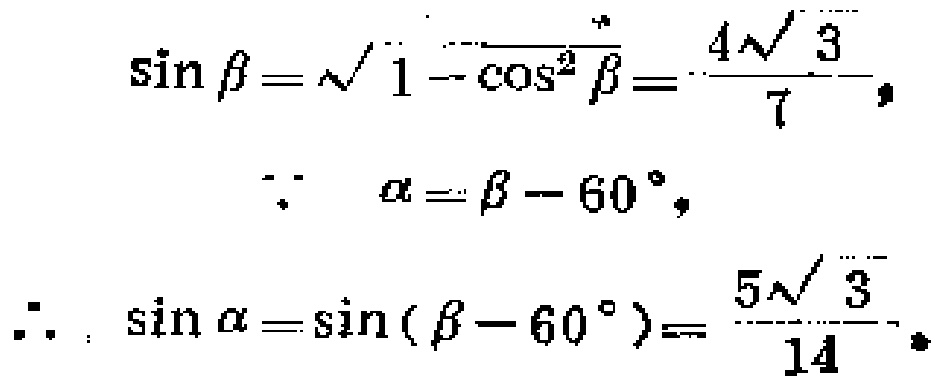
\[\begin{align*}
\sin\beta&=\sqrt{1 - \cos^{2}\beta}=\frac{4\sqrt{3}}{7},\\
&\because\alpha=\beta - 60^{\circ},\\
\therefore\sin\alpha&=\sin(\beta - 60^{\circ})=\frac{5\sqrt{3}}{14}.
\end{align*}\]